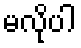
မလိုပါ